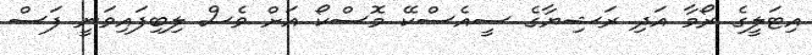
އިޓަލީގެ ރޯމާ އަދި ރަޝިޔާގެ ސީއެސްކޭ މޮސްކޯ އަށް ވެސް ލިބިފައިވަނީ ފަސް